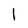
Character: l